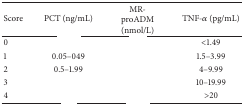
<table><thead><tr><td><b>Score</b></td><td><b>PCT (ng/mL)</b></td><td><b>MR-proADM (nmol/L)</b></td><td><b>TNF-<i>α</i> (pg/mL)</b></td></tr></thead><tbody><tr><td>0</td><td>[EMPTY_CELL]</td><td>[EMPTY_CELL]</td><td>&lt;1.49</td></tr><tr><td>1</td><td>0.05–049</td><td>[EMPTY_CELL]</td><td>1.5–3.99</td></tr><tr><td>2</td><td>0.5–1.99</td><td>[EMPTY_CELL]</td><td>4–9.99</td></tr><tr><td>3</td><td>[EMPTY_CELL]</td><td>[EMPTY_CELL]</td><td>10–19.99</td></tr><tr><td>4</td><td>[EMPTY_CELL]</td><td>[EMPTY_CELL]</td><td>&gt;20</td></tr></tbody></table>